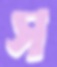
স